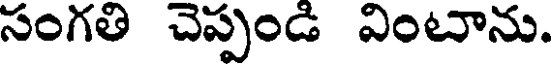
సంగతి చెప్పండి వింటాను.